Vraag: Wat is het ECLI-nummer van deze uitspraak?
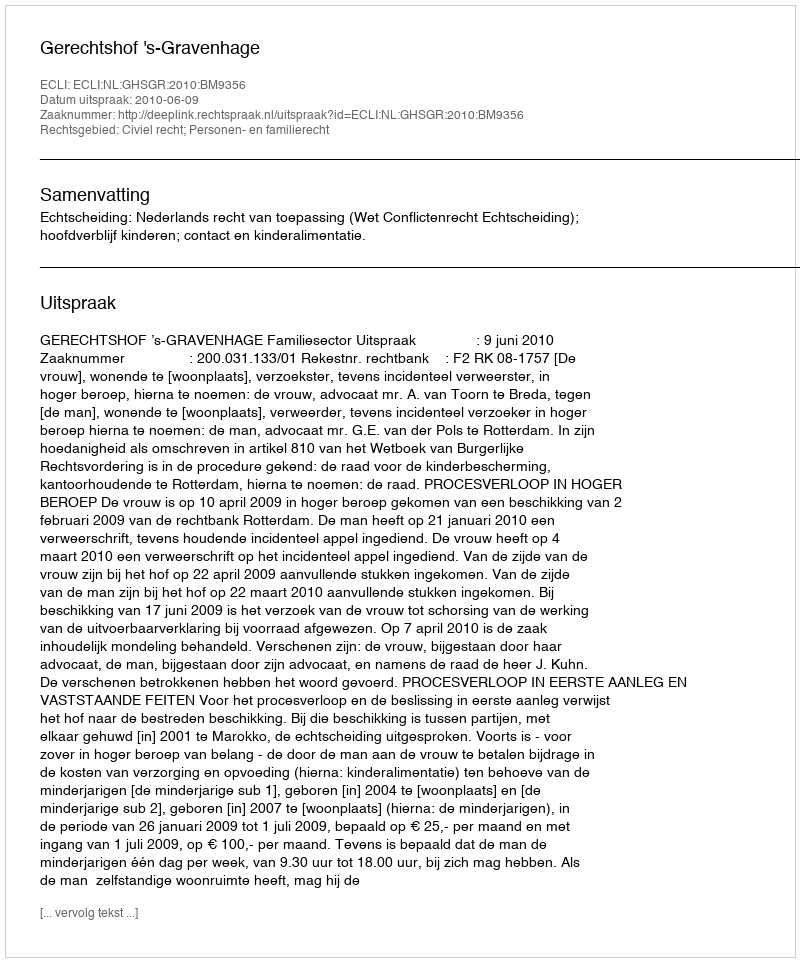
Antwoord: ECLI:NL:GHSGR:2010:BM9356